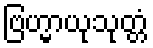
ဗြဟ္မာယုသုတ္တံ